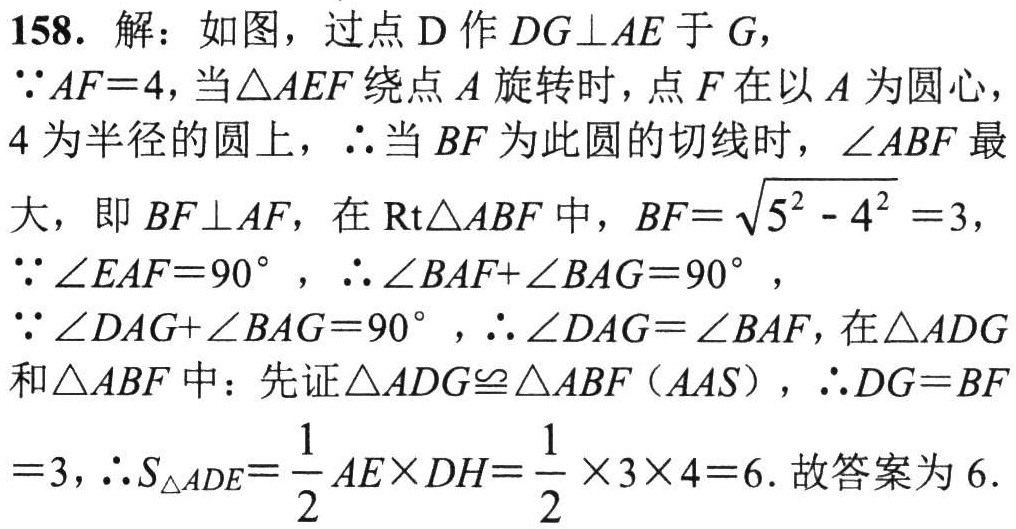
158. 解：如图，过点 \(D\) 作 \(DG\perp AE\) 于 \(G\)，

\(\because AF = 4\)，当 \(\triangle AEF\) 绕点 \(A\) 旋转时，点 \(F\) 在以 \(A\) 为圆心，\(4\) 为半径的圆上，\(\therefore\) 当 \(BF\) 为此圆的切线时，\(\angle ABF\) 最大，即 \(BF\perp AF\)，在 \(\text{Rt}\triangle ABF\) 中，\(BF=\sqrt{5^{2}-4^{2}} = 3\)，

\(\because\angle EAF = 90^{\circ}\)，\(\therefore\angle BAF+\angle BAG = 90^{\circ}\)，

\(\because\angle DAG+\angle BAG = 90^{\circ}\)，\(\therefore\angle DAG=\angle BAF\)，在 \(\triangle ADG\) 和 \(\triangle ABF\) 中：先证 \(\triangle ADG\cong\triangle ABF(AAS)\)，\(\therefore DG = BF=3\)，\(\therefore S_{\triangle ADE}=\frac{1}{2}AE\times DH=\frac{1}{2}\times3\times4 = 6\). 故答案为 \(6\).